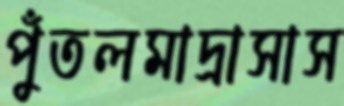
পুঁতলমাদ্রাসাস